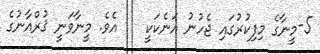
5-މީނާގެ މިފިކުރުގައި ޖެހުނު އަނެކަކީ    އެވެ. މީނާވަނީ ޤުރްއާނުގެ